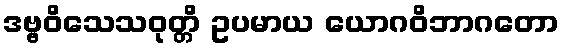
ဒဗ္ဗဝိသေသဝုတ္တိ ဥပမာယ ယောဂဝိဘာဂတော